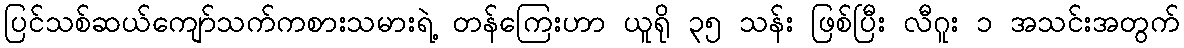
ပြင်သစ်ဆယ်ကျော်သက်ကစားသမားရဲ့ တန်ကြေးဟာ ယူရို ၃၅ သန်း ဖြစ်ပြီး လီဂူး ၁ အသင်းအတွက်